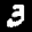
Label: 3